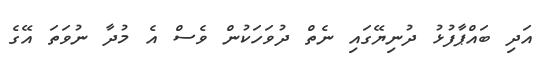
އަދި ބައްޕާފުޅު ދުނިޔޭގައި ނެތް ދުވަހަކުން ވެސް އެ މުދާ ނުވަތަ އޭގެ